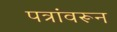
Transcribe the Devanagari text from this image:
पत्रांवरून